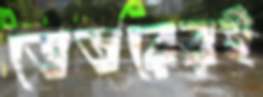
ভেতরেরই